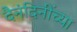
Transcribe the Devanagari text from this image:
दैनंदिनींच्या